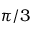
\pi / 3